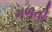
ગળતી